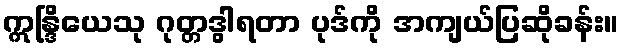
ဣန္ဒြိယေသု ဂုတ္တဒွါရတာ ပုဒ်ကို အကျယ်ပြဆိုခန်း။